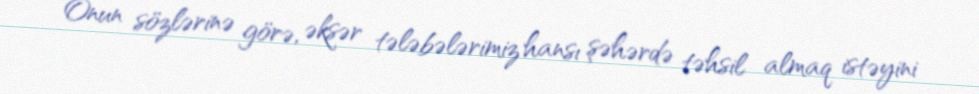
Onun sözlərinə görə, əksər tələbələrimiz hansı şəhərdə təhsil almaq istəyini